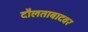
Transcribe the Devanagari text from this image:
दौलताबादवर